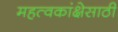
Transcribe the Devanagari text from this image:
महत्वकांक्षेसाठी